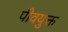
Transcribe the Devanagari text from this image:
पीवयुक्त